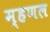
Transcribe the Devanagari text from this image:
म्हणल